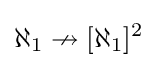
\displaystyle \aleph _{1}\nrightarrow [\aleph _{1}]^{2}